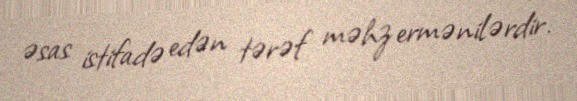
əsas istifadə edən tərəf məhz ermənilərdir.